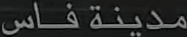
مدينة فاس